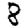
Digit: 8